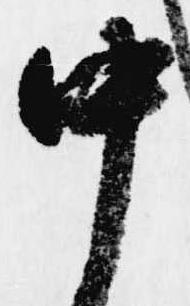
中